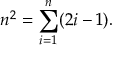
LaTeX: n ^ { 2 } = \sum _ { i = 1 } ^ { n } ( 2 i - 1 ) .